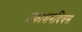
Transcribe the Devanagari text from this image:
प्रकाशनदिवस